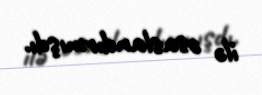
ilə əsaslandırmışdı.